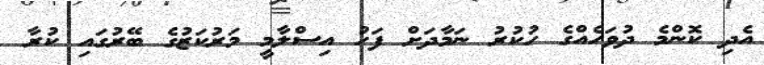
އެދި ކޮންމެ ދުވަހެއްގެ ހުކުރު ނަމާދަށް ފަހު އިސްލާމީ މަރުކަޒުގެ ބޭރުގައި ކުރާ